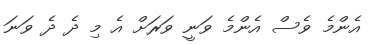
އެންމެ ވެސް އެންމެ ވަނީ ވަރަށް އެ މި ދެ ދެ ވަނަ